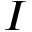
I